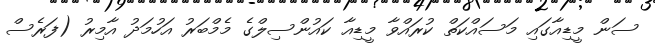
ސަން މީޑިއާގައި މަސައްކަތް ކުރައްވާ މީޑިއާ ކައުންސިލްގެ މެމްބަރު އަހުމަދު އާމިރު (ފަރެސް